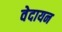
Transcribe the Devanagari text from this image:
वेदायन